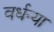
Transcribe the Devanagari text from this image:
वर्धन्या